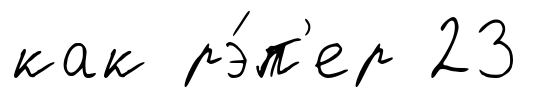
как рэ́п'ер 23